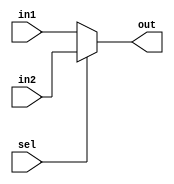

module MUX32 (input[31:0] in1,in2,input sel , output [31:0] out);
	assign out = sel?in2:in1;
endmodule